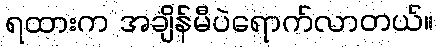
ရထားက အချိန်မီပဲရောက်လာတယ်။